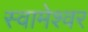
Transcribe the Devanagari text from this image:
स्वामेश्वर